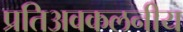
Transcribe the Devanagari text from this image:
प्रतिअवकलनीय